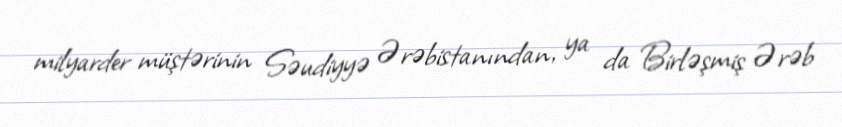
milyarder müştərinin Səudiyyə Ərəbistanından, ya da Birləşmiş Ərəb